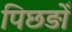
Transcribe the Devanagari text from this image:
पिछड़ोँ